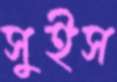
সুইস